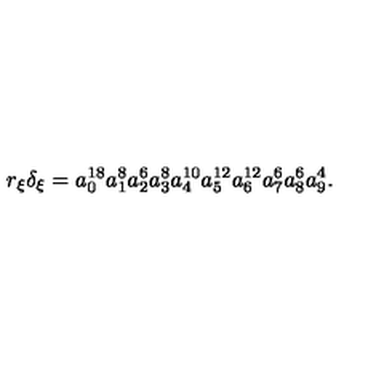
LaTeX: r _ { \xi } \delta _ { \xi } = a _ { 0 } ^ { 1 8 } a _ { 1 } ^ { 8 } a _ { 2 } ^ { 6 } a _ { 3 } ^ { 8 } a _ { 4 } ^ { 1 0 } a _ { 5 } ^ { 1 2 } a _ { 6 } ^ { 1 2 } a _ { 7 } ^ { 6 } a _ { 8 } ^ { 6 } a _ { 9 } ^ { 4 } .